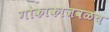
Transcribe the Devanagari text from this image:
गोकाकाजवळच